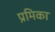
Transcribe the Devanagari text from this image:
प्रमिका